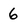
Character: 6